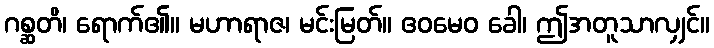
ဂစ္ဆတိ၊ ရောက်၏။ မဟာရာဇ၊ မင်းမြတ်။ ဧဝမေဝ ခေါ၊ ဤအတူသာလျှင်။